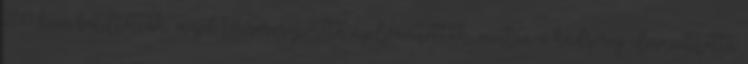
2013-ban betiltották, majd terrorcsoporttá nyilvánították, miután a hadsereg elmozdította